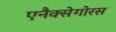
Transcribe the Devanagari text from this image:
एनैक्सेगोरस